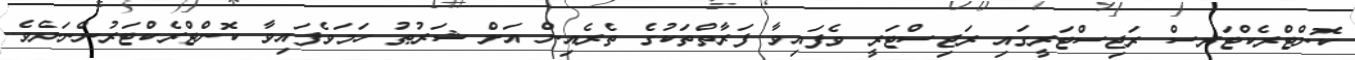
ކޮންޓްރެކްޓަރސް ރަޖިސްޓަރީގައި ރަޖިސްޓަރީ ވެފައިވާ ފަރާތްތަކުގެ ތެރެއިން އަށް ޝަރުޠު ހަމަވެފައިވާ ކޮންޓްރެކްޓަރުންނަށެވެ.